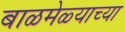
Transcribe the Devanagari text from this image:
बाळमेळ्याच्या